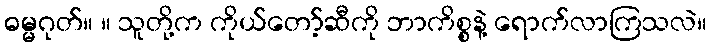
ဓမ္မဂုတ်။ ။ သူတို့က ကိုယ်တော့်ဆီကို ဘာကိစ္စနဲ့ ရောက်လာကြသလဲ။